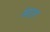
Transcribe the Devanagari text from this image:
पेमाइस